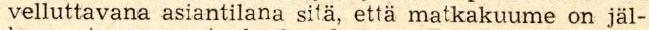
velluttavana asiantilana sitä, että matkakuume on jäl-